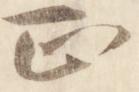
正